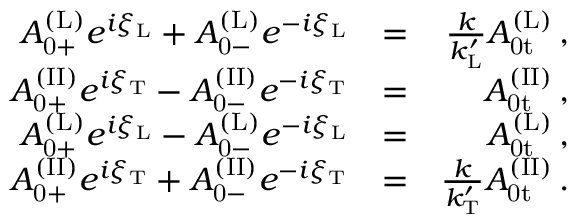
\begin{array} { r l r } { A _ { \mathrm { 0 + } } ^ { \mathrm { ( L ) } } e ^ { i \xi _ { \mathrm { L } } } + A _ { \mathrm { 0 - } } ^ { \mathrm { ( L ) } } e ^ { - i \xi _ { \mathrm { L } } } } & { = } & { \frac { k } { k _ { \mathrm { L } } ^ { \prime } } A _ { \mathrm { 0 t } } ^ { \mathrm { ( L ) } } \, , } \\ { A _ { \mathrm { 0 + } } ^ { \mathrm { ( I I ) } } e ^ { i \xi _ { \mathrm { T } } } - A _ { \mathrm { 0 - } } ^ { \mathrm { ( I I ) } } e ^ { - i \xi _ { \mathrm { T } } } } & { = } & { A _ { \mathrm { 0 t } } ^ { \mathrm { ( I I ) } } \, , } \\ { A _ { \mathrm { 0 + } } ^ { \mathrm { ( L ) } } e ^ { i \xi _ { \mathrm { L } } } - A _ { \mathrm { 0 - } } ^ { \mathrm { ( L ) } } e ^ { - i \xi _ { \mathrm { L } } } } & { = } & { A _ { \mathrm { 0 t } } ^ { \mathrm { ( L ) } } \, , } \\ { A _ { \mathrm { 0 + } } ^ { \mathrm { ( I I ) } } e ^ { i \xi _ { \mathrm { T } } } + A _ { \mathrm { 0 - } } ^ { \mathrm { ( I I ) } } e ^ { - i \xi _ { \mathrm { T } } } } & { = } & { \frac { k } { k _ { \mathrm { T } } ^ { \prime } } A _ { \mathrm { 0 t } } ^ { \mathrm { ( I I ) } } \, . } \end{array}